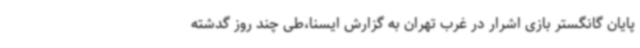
پایان گانگستر بازی اشرار در غرب تهران به گزارش ایسنا،طی چند روز گدشته